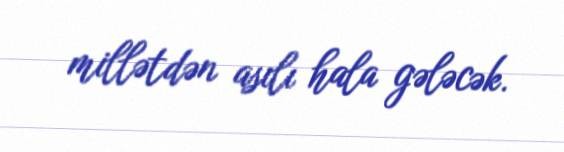
millətdən asılı hala gələcək.